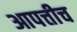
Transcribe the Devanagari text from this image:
आपत्तीच